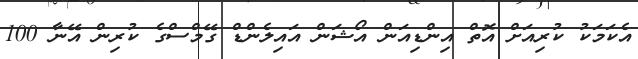
އެކަމަކު ކުރިއަށް އޮތް އިންޑިއަން އޯޝަން އައިލެންޑް ގޭމްސްގެ ކުރިން އޭނާ 100